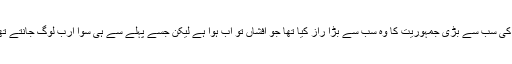
دنیا کی سب سے بڑی جمہوریت کا وہ سب سے بڑا راز کیا تھا جو افشاں تو اب ہوا ہے لیکن جسے پہلے سے ہی سوا ارب لوگ جانتے تھے؟